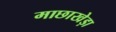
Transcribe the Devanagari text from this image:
माछाखेड़ा